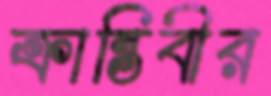
ক্রান্তিবীর